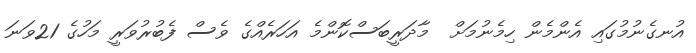
އުނގެނުމުގައި އެންމެން ހިމެނުމަށް  މާދަރީބަސްކޮންމެ އަހަރެއްގެ ވެސް ފެބުރުވަރީ މަހުގެ 21ވަނަ